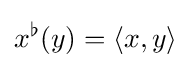
x^{\flat }(y)=\langle x,y\rangle